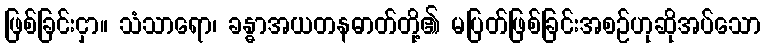
ဖြစ်ခြင်းငှာ။ သံသာရော၊ ခန္ဓာအယတနဓာတ်တို့၏ မပြတ်ဖြစ်ခြင်းအစဉ်ဟုဆိုအပ်သော